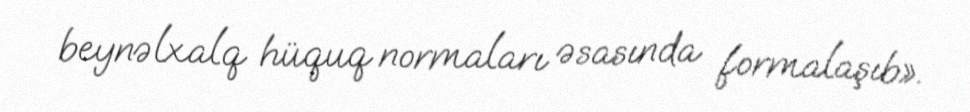
beynəlxalq hüquq normaları əsasında formalaşıb».